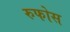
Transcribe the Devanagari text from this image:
रुफोस